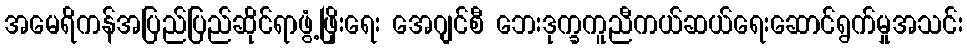
အမေရိကန်အပြည်ပြည်ဆိုင်ရာဖွံ့ဖြိုးရေး အေဂျင်စီ ဘေးဒုက္ခကူညီကယ်ဆယ်ရေးဆောင်ရွက်မှုအသင်း